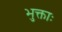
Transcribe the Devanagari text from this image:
भुक्ताः